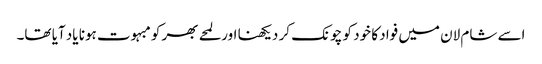
اسے شام لان میں فواد کا خود کو چونک کر دیکھنا اور لمحے بھر کو مبہوت ہونا یاد آیا تھا۔